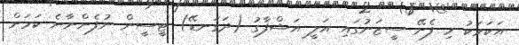
އަކަމަކު މި ފެށޭ ސީޒަނުގައި އަލީ އަޝްފާގު (ދަގަނޑޭ) ޓީސީން ނުފެންނާނެ ކަމަށް